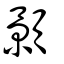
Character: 顥